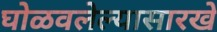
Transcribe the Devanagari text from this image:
घोळवलेल्यासारखे